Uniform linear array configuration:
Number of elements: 48
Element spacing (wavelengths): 0.5
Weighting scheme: binomial
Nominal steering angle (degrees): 0
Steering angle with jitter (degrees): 1.668
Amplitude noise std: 0.05
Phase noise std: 0.05

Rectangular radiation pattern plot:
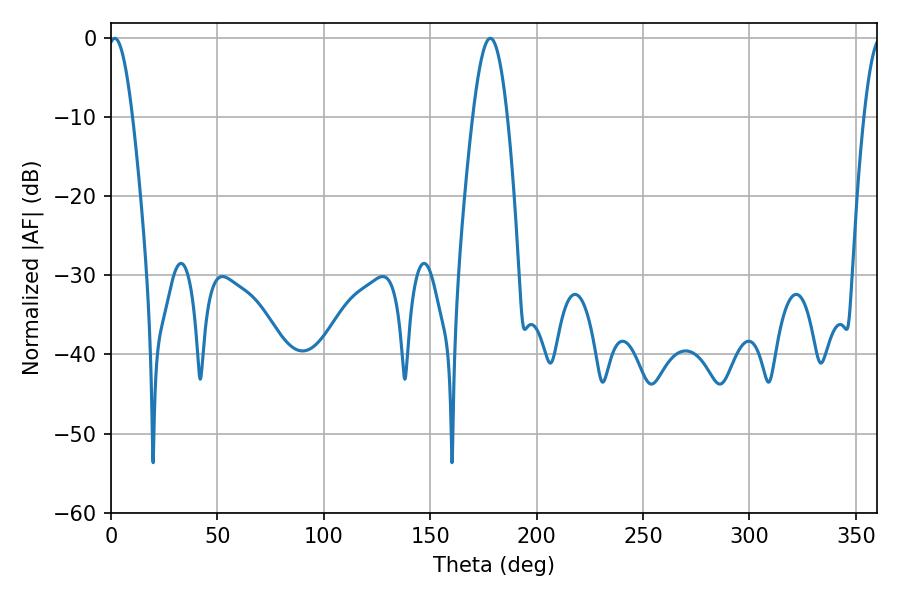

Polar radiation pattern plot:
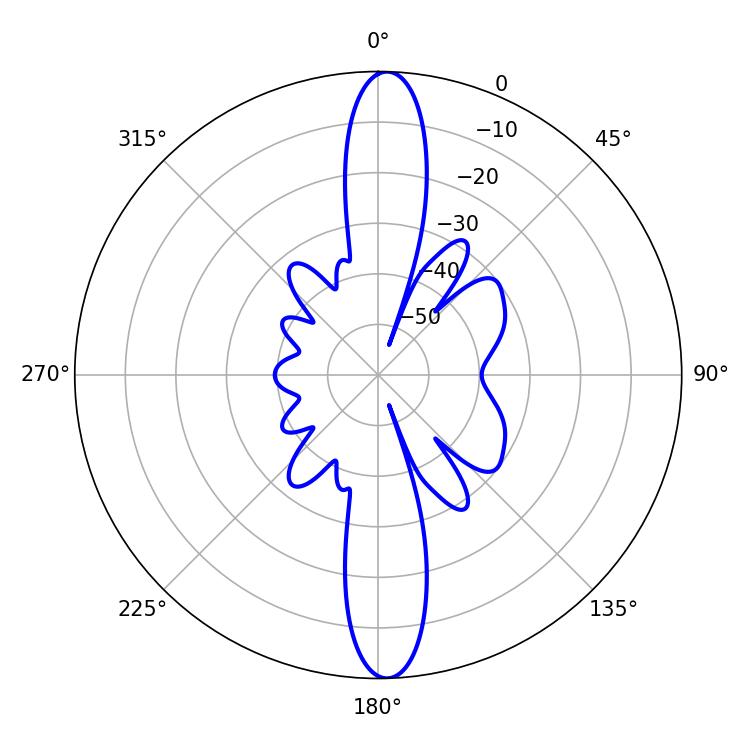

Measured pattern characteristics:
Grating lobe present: FALSE
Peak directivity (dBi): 22.399
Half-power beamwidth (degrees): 6.12
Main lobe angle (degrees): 1.8